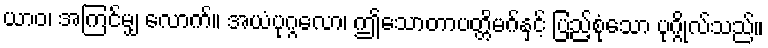
ယာဝ၊ အကြင်မျှ လောက်။ အယံပုဂ္ဂလော၊ ဤသောတာပတ္တိမဂ်နှင့် ပြည့်စုံသော ပုဂ္ဂိုလ်သည်။